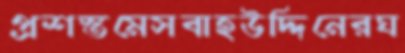
প্রশস্তমেসবাহউদ্দিনেরঘ